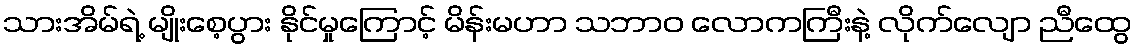
သားအိမ်ရဲ့ မျိုးစေ့ပွား နိုင်မှုကြောင့် မိန်းမဟာ သဘာဝ လောကကြီးနဲ့ လိုက်လျော ညီထွေ